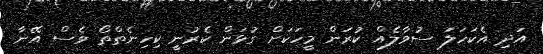
އަދި އެކަހަލަ ސުވާލެއް ކުރަން މީހަކަށް ގުޅަން ކެރުނީ ކިހިނެތްތޯ ވެސް އޭނާ